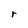
Character: r